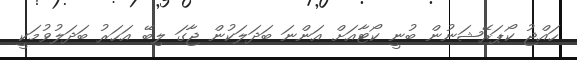
ހައްޖު ކޯޕަރޭޝަނުން ބުނީ ކޯޓާއަށް އަންނަ ބަދަލަކުން ޖާގަ ލިބޭ އަހަރު ބަދަލުވުމަކީ